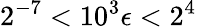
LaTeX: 2^{-7}<10^{3}\epsilon<2^{4}